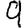
Digit: 9